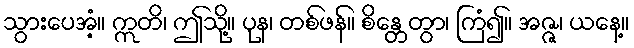
သွားပေအံ့။ ဣတိ၊ ဤသို့။ ပုန၊ တစ်ဖန်။ စိန္တေတွာ၊ ကြံ၍။ အဇ္ဇ၊ ယနေ့။